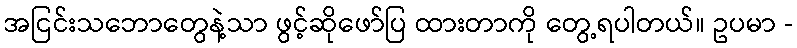
အငြင်းသဘောတွေနဲ့သာ ဖွင့်ဆိုဖော်ပြ ထားတာကို တွေ့ရပါတယ်။ ဥပမာ -